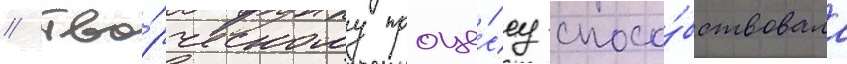
// Тво́рческому проце́ссу спосо́бствовала